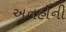
અનહોની